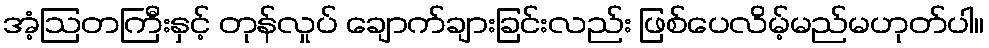
အံ့ဩတကြီးနှင့် တုန်လှုပ် ချောက်ချားခြင်းလည်း ဖြစ်ပေလိမ့်မည်မဟုတ်ပါ။